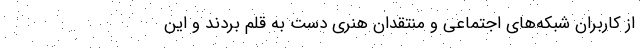
از کاربران شبکه‌های اجتماعی و منتقدان هنری دست به قلم بردند و این